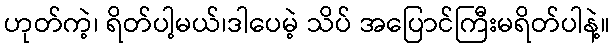
ဟုတ်ကဲ့၊ ရိတ်ပါ့မယ်၊ဒါပေမဲ့ သိပ် အပြောင်ကြီးမရိတ်ပါနဲ့။